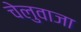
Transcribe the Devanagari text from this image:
चेलुवाजा